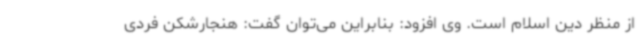
از منظر دین اسلام است. وی افزود: بنابراین می‌توان گفت: هنجارشکن فردی